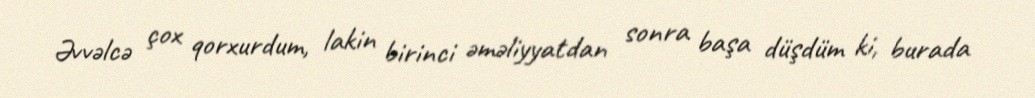
Əvvəlcə çox qorxurdum, lakin birinci əməliyyatdan sonra başa düşdüm ki, burada